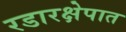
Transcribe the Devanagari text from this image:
रडारक्षेपात